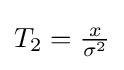
\textstyle T_{2}={\frac {x}{\sigma ^{2}}}